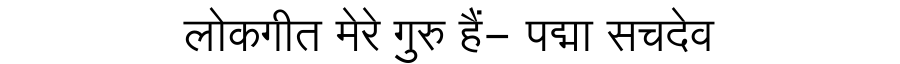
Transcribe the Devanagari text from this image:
लोकगीत मेरे गुरु हैं- पद्मा सचदेव